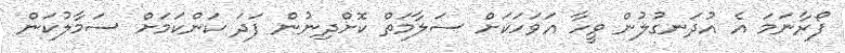
ފޯރާނަމަ އެ އުދަނގުލުން ވީހާ އަވަހަކަށް ސަލާމަތް ކޮށްދިނުން ފަދަ ކަންކަމަށް ސަމާލުކަން